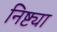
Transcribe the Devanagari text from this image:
निष्ट्या